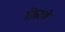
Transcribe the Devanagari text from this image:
फ़िरणे